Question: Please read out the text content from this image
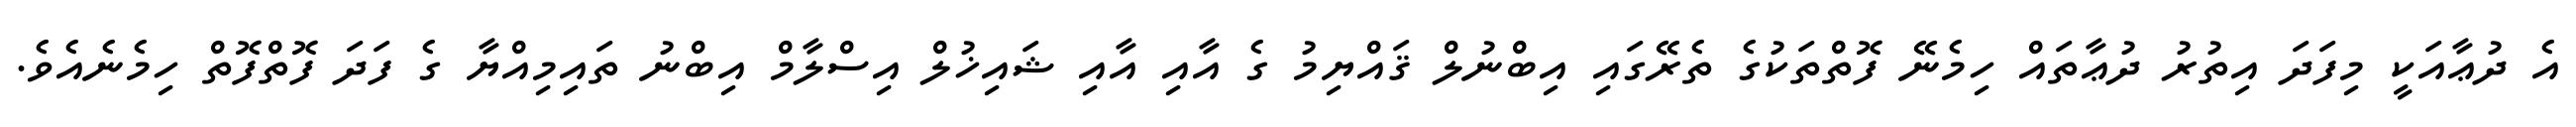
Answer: އެ ދުޢާއަކީ މިފަދަ އިތުރު ދުޢާތައް ހިމެނޭ ފޮތްތަކުގެ ތެރޭގައި އިބްނުލް ޤައްޔިމު ގެ އާއި އާއި ޝައިޚުލް އިސްލާމް އިބްނު ތައިމިއްޔާ ގެ ފަދަ ފޮތްފޮތް ހިމެނެއެވެ.